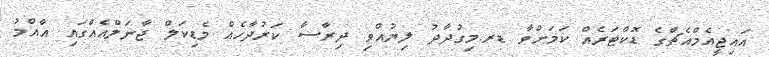
އައިޖީއެމްއެޗްގެ ޑޮކްޓަރެއް ކަމަށްވާ ޑރ.މިގުދާދު ލިޔުއްވި ދިރާސާ ކަރުދާހެއް މެޑިކަލް ޖާނަލްއެއްގައި އާއްމު